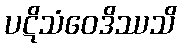
ပဋိသံဝေဒိဿသိ